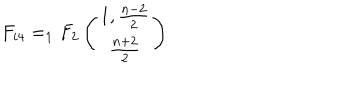
F _ { i 4 } = _ { 1 } F _ { 2 } \left( \begin{matrix} { { 1 , \frac { n - 2 } { 2 } } } \\ { { \frac { n + 2 } { 2 } } } \\ \end{matrix} \right)